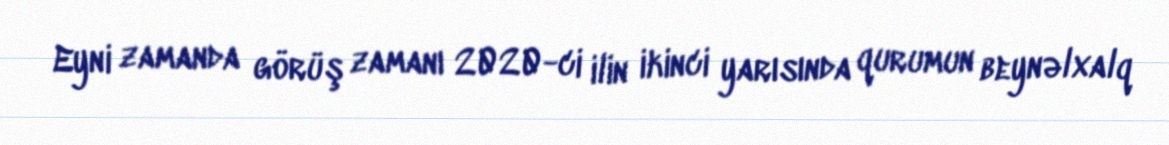
Eyni zamanda görüş zamanı 2020-ci ilin ikinci yarısında qurumun beynəlxalq